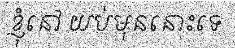
ខ្ញុំនៅ យប់មុននោះទេ